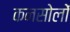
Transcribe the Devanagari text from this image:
कनसोलों